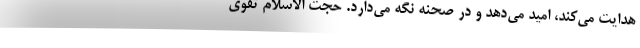
هدایت می‌کند، امید می‌دهد و در صحنه نگه می‌دارد. حجت الاسلام تقوی